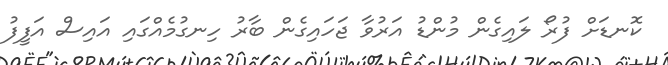
ކޮނޑަށް ފުރޯ ލައިގެން މުންޑު އަރުވާ ޖަހައިގެން ބާރު ހިނގުމެއްގައި އައިސް އަފީފު